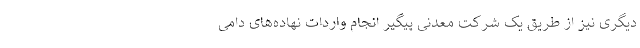
دیگری نیز از طریق یک شرکت معدنی پیگیر انجام واردات نهاده‌های دامی